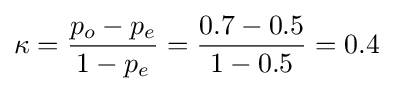
\kappa ={\frac {p_{o}-p_{e}}{1-p_{e}}}={\frac {0.7-0.5}{1-0.5}}=0.4